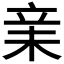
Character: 𣐽